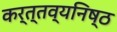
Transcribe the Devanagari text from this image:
कर्त्तव्यनिष्ठ